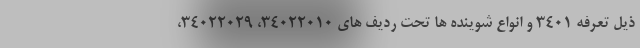
ذیل تعرفه 3401 و انواع شوینده ها تحت ردیف های 34022010، 34022029،